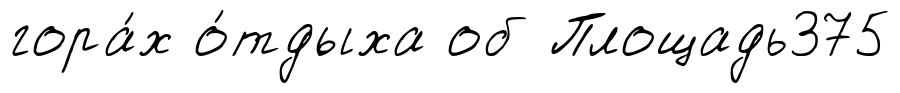
гора́х о́тдыха об Площадь375